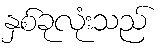
နှစ်ခုလုံးသည်